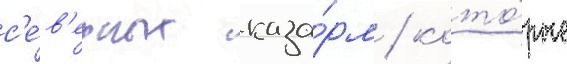
с'е́в'ерных каза́рм / кото́рые